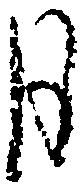
月